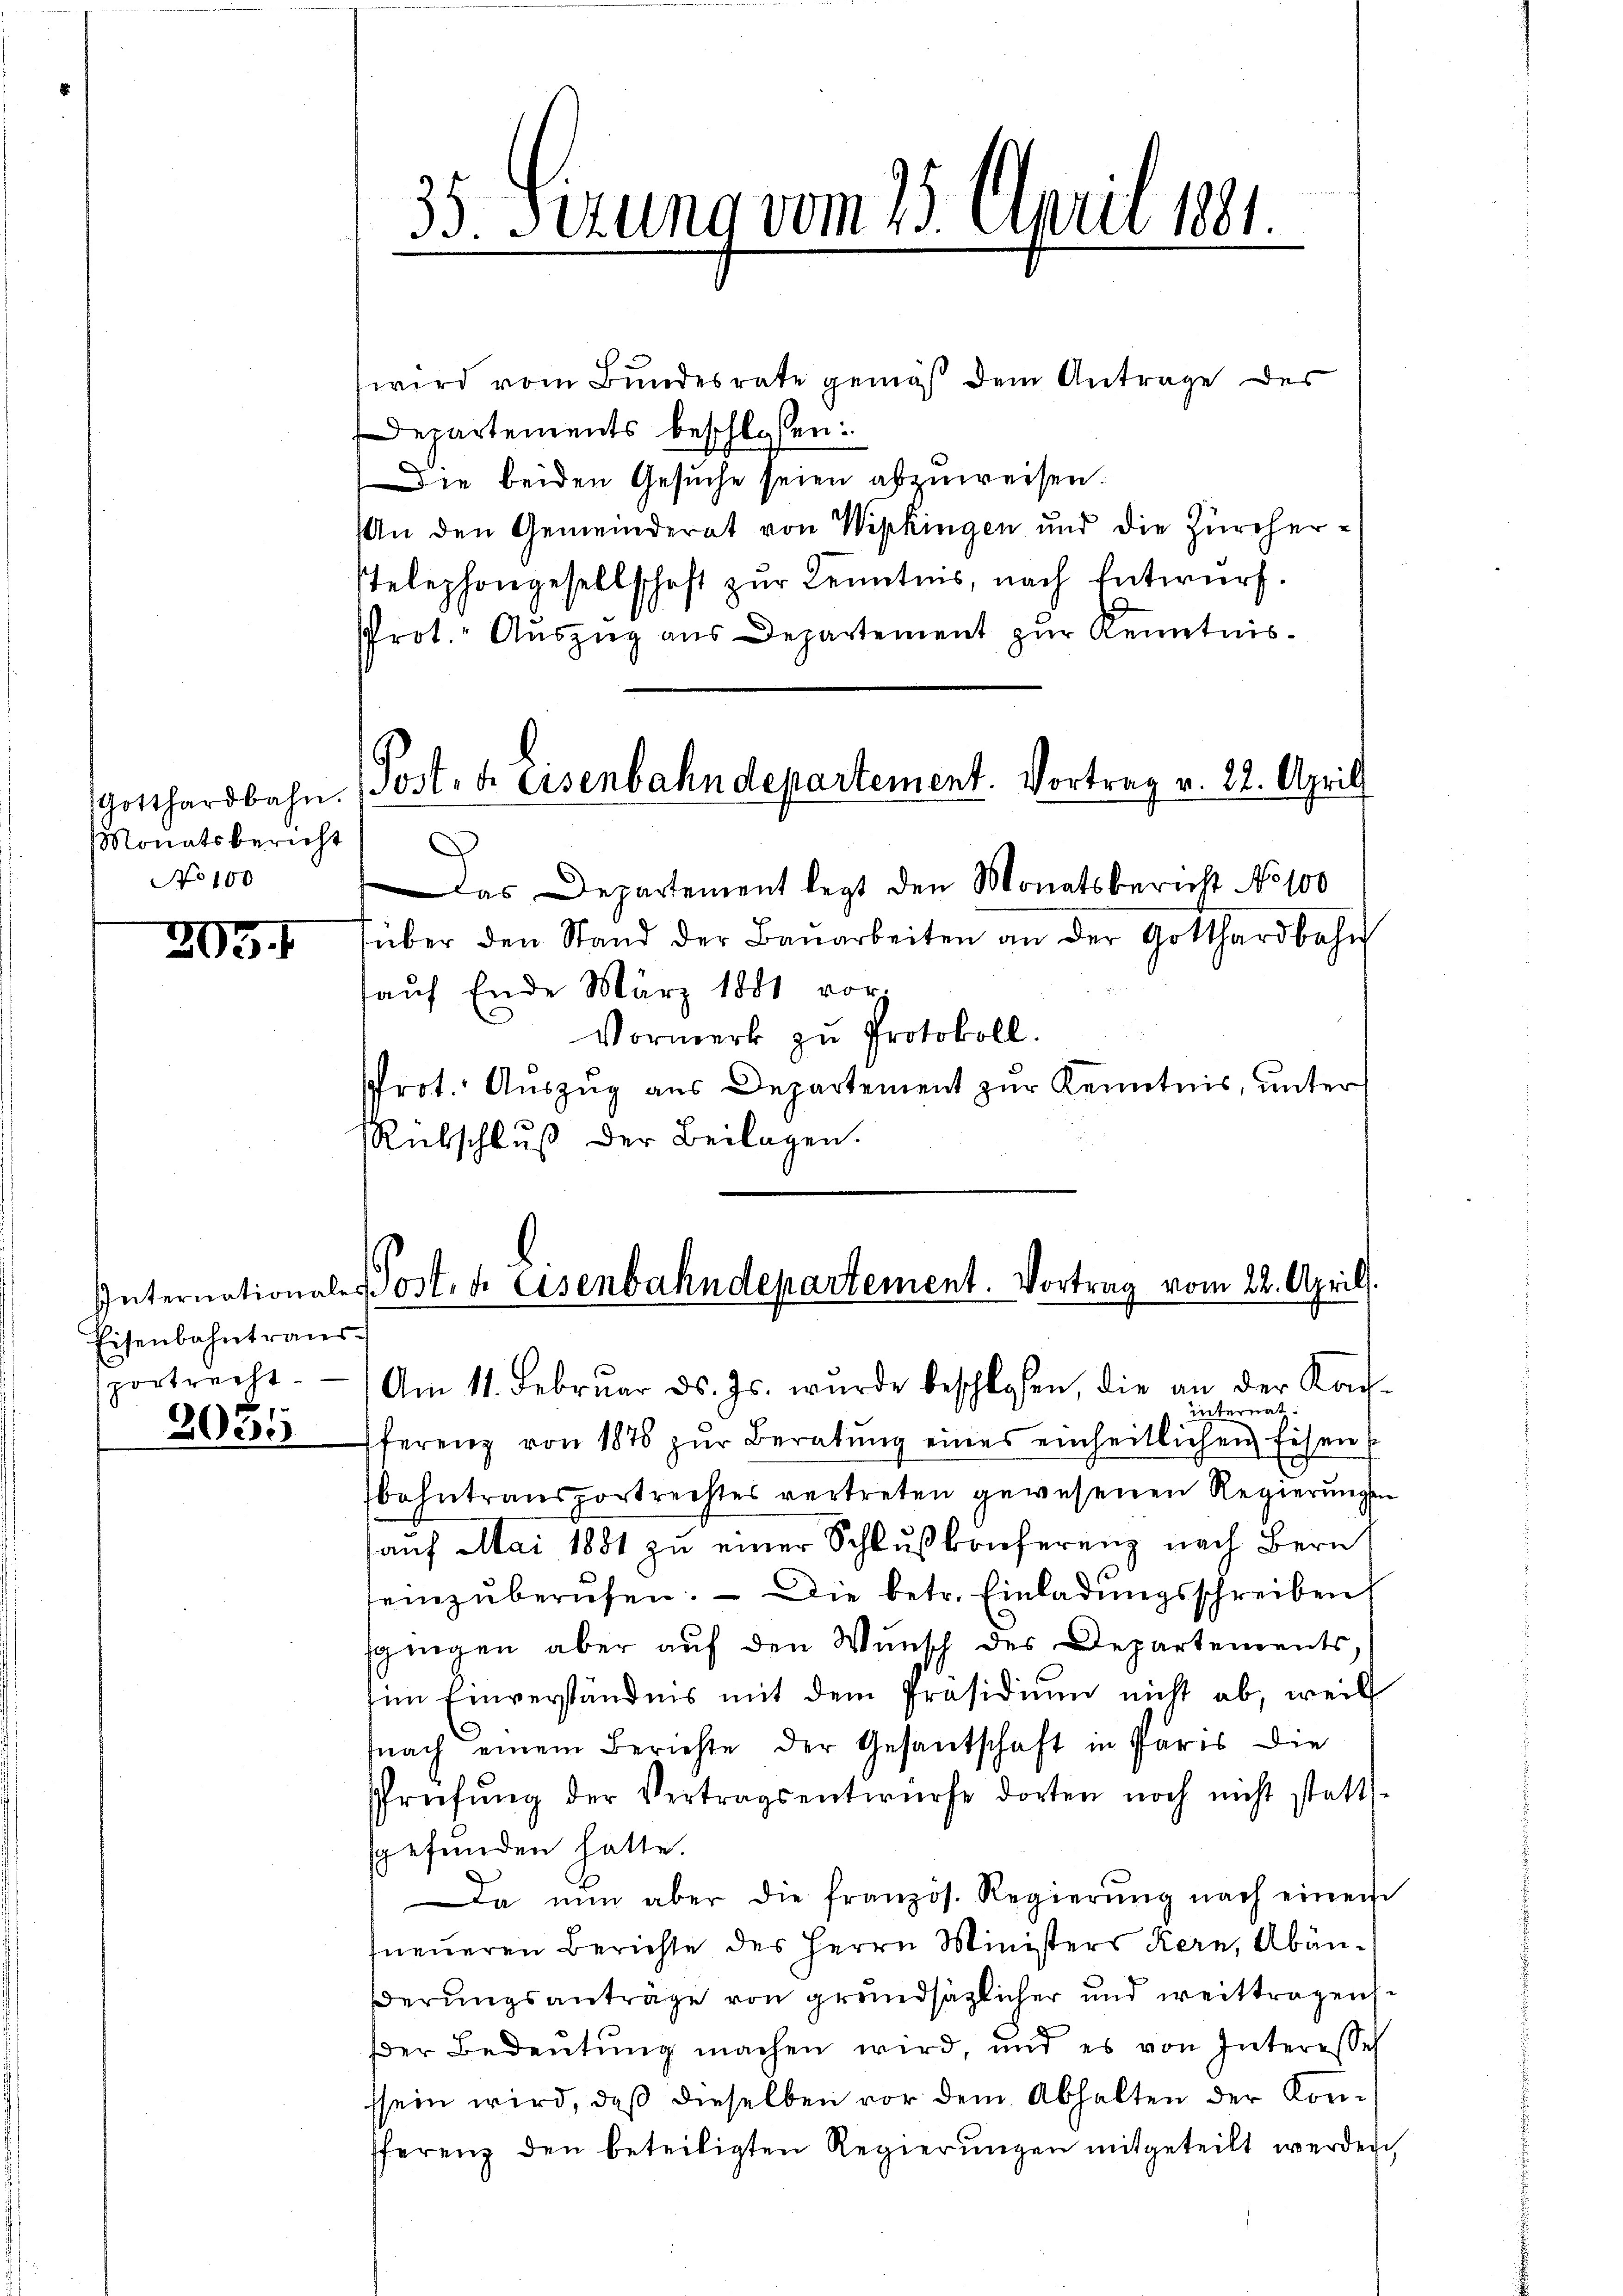
Gotthardbahn.
Monatsbericht
No 100

293 f

Eisenbahntraussportrecht.

3081

35. Serung vom 25. April 1881.

wird vom Bundesrate gemäß dem Antrage des
Departements beschlossen:
Die beiden Gesuche seien abzuweisen.
An den Gemeinderat von Wipkingen und die Zürcher¬
Telephongesellschaft zur Kenntnis, nach Entwurf.
Prot. Auszug aus Departement zur Kenntnis.
Post. d eisenbahndepartement. Vortrag v. 22. Aprill
¬
Das Departement legt den Monatsbericht No 100
füber den Stand der Baŭarbeiten an der Gotthardbahn
kaŭf Ende März 1881 vor.
Vormerk zu Protokoll.
Prot. Auszug aus Departement zur Kenntnis, unter
Rübschluß der Beilagen.

Internationale Post, u. Eisenbahndepartement. Vortrag vom 22. April.
Am 11. Februar ds. Js. wurde beschlossen, die an der Ka-
internat

ferenz von 1878 zur Beratung eines einheitlichen Eisen s
bahntransportrechtes vertreten gewesenen Regierungen
auf Mai 1881 zu einer Schlußkonferenz nach Bern
einzŭberŭfen. - Die betr. Einladungsschreiben
sgingen aber auf den Wunsch des Departements,
im Einverständnis mit dem Präsidium nicht ab, weil
nach einem Berichte der Gesantschaft in Paris die
sprüfŭng der Vertragsentwürfe dorten noch nicht statt-
sgefunden hatte.
Da nun aber die französ. Regierŭng nach einen
neŭeren Berichte des Herrn Ministers Kern, Abänßerungsanträge von grundsätzlicher und weittragensder Bedeutung machen wird, und es von Interesse
ssein wird, daß dieselben vor dem Abhalten der Konfferenz den beteiligten Regierŭngen mitgeteilt werden,